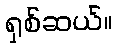
ရှစ်ဆယ်။